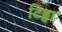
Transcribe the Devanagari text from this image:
टिड्डा